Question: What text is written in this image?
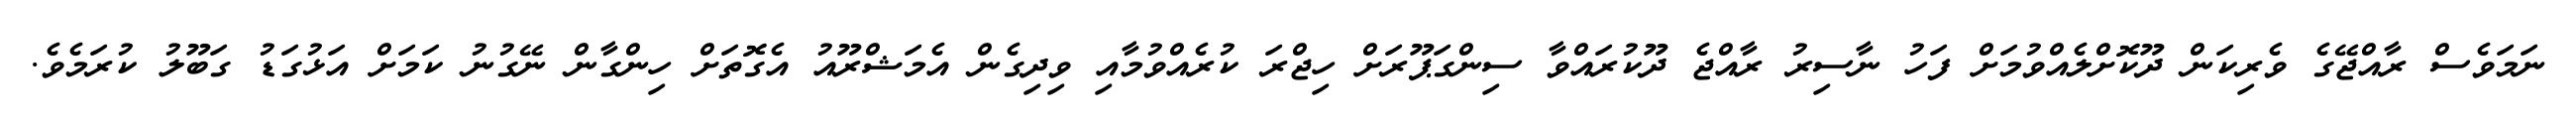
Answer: ނަމަވެސް ރާއްޖޭގެ ވެރިކަން ދޫކޮށްލެއްވުމަށް ފަހު ނާސިރު ރާއްޖެ ދޫކުރައްވާ ސިންގަޕޫރަށް ހިޖްރަ ކުރެއްވުމާއި ވިދިގެން އެމަޝްރޫއު އެގޮތަށް ހިންގާން ނޭގުނު ކަމަށް އަޅުގަޑު ގަބޫލު ކުރަމެވެ.